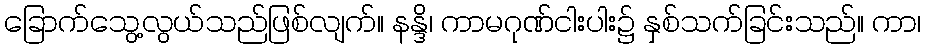
ခြောက်သွေ့လွယ်သည်ဖြစ်လျက်။ နန္ဒိ၊ ကာမဂုဏ်ငါးပါး၌ နှစ်သက်ခြင်းသည်။ ကာ၊